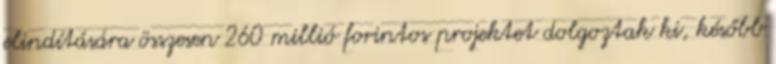
elindítására összesen 260 millió forintos projektet dolgoztak ki, később